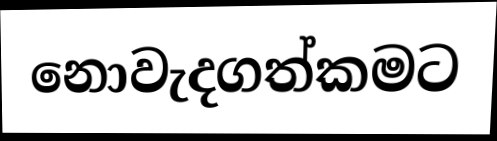
නොවැදගත්කමට